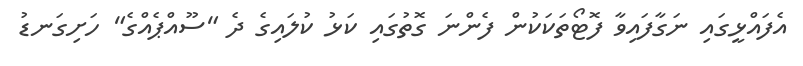
އެފައްޅީގައި ނަގާފައިވާ ފޮޓޯތަކަކުން ފެންނަ ގޮތުގައި ކަޅު ކުލައިގެ ދެ "ސޫއްޕެއްގެ" ހަށިގަނޑު